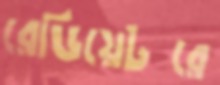
রেডিয়েটরে